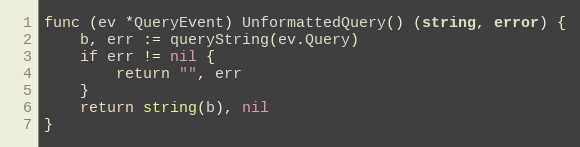
Language: Go
func (ev *QueryEvent) UnformattedQuery() (string, error) {
	b, err := queryString(ev.Query)
	if err != nil {
		return "", err
	}
	return string(b), nil
}